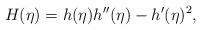
LaTeX: \begin{align*}H(\eta) = h(\eta) h''(\eta) - h'(\eta)^2,\end{align*}